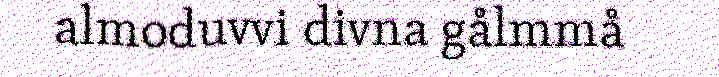
almoduvvi divna gålmmå